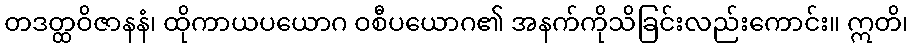
တဒတ္ထဝိဇာနနံ၊ ထိုကာယပယောဂ ဝစီပယောဂ၏ အနက်ကိုသိခြင်းလည်းကောင်း။ ဣတိ၊